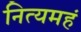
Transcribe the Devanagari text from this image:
नित्यमहं